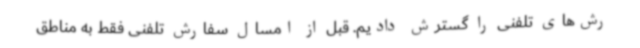
رش‌های تلفنی را گسترش دادیم. قبل از امسال سفارش تلفنی فقط به مناطق